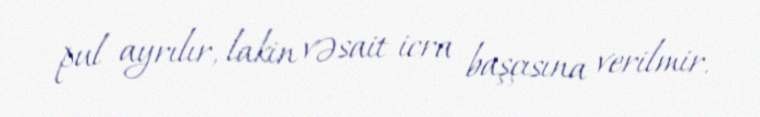
pul ayrılır, lakin vəsait icra başçısına verilmir.